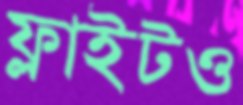
ফ্লাইটও